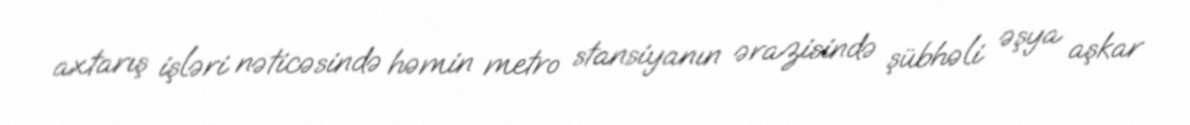
axtarış işləri nəticəsində həmin metro stansiyanın ərazisində şübhəli əşya aşkar